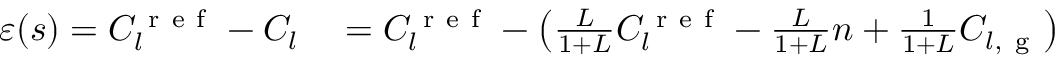
\begin{array} { r l } { \varepsilon ( s ) = C _ { l } ^ { \mathrm { ~ r ~ e ~ f ~ } } - C _ { l } } & { { } = C _ { l } ^ { \mathrm { ~ r ~ e ~ f ~ } } - \left( \frac { L } { 1 + L } C _ { l } ^ { \mathrm { ~ r ~ e ~ f ~ } } - \frac { L } { 1 + L } n + \frac { 1 } { 1 + L } C _ { l , \mathrm { ~ g ~ } } \right) } \end{array}